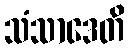
သံသာဒေတိ